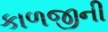
કાળજીની